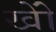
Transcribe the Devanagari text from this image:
खोें